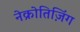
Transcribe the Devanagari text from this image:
नेक्रोतिज़िंग